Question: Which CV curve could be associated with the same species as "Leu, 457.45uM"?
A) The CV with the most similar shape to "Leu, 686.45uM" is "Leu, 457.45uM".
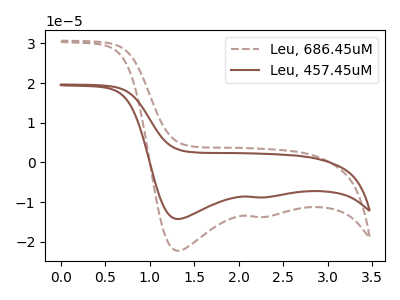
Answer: <think>The brown dashed curve "Leu, 686.45uM" has cathodic peaks at (1.30V, -22.25uA) (2.20V, -13.70uA). The brown curve "Leu, 457.45uM" has cathodic peaks at (1.30V, -14.25uA) (2.20V, -8.80uA).
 All the peaks in "Leu, 686.45uM" have a peak in "Leu, 457.45uM" at the same potential. Every peak in "Leu, 686.45uM" is higher than every peak in "Leu, 457.45uM".</think>
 <answer>A) The CV with the most similar shape to "Leu, 686.45uM" is "Leu, 457.45uM".</answer>
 <eval>A</eval>